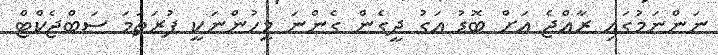
ނަންނަމުގައި ރާއްޖެ އަށް ބޮޑު އަގު ދީގެން ގެންނަ މީހުންނަކީ ފުރަަތަމަ ސަބްޖެކްޓް